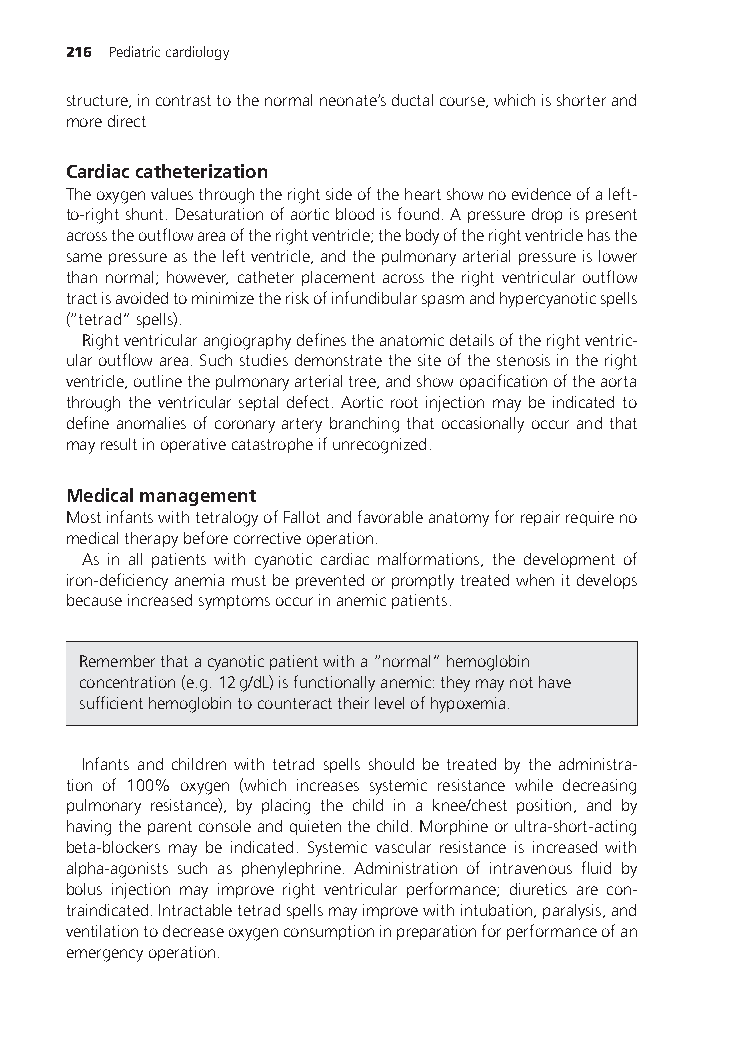
216 Pediatriccardiology
 structure,incontrasttothenormalneonate’sductalcourse,whichisshorterand
 moredirect
 Cardiaccatheterization
 Theoxygenvaluesthroughtherightsideoftheheartshownoevidenceofaleft-
 to-rightshunt.Desaturationofaorticbloodisfound.Apressuredropispresent
 acrosstheoutflowareaoftherightventricle;thebodyoftherightventriclehasthe
 samepressureastheleftventricle,andthepulmonaryarterialpressureislower
 than normal; however, catheter placement across the right ventricular outflow
 tractisavoidedtominimizetheriskofinfundibularspasmandhypercyanoticspells
 (“tetrad”spells).
 Rightventricularangiographydefinestheanatomicdetailsoftherightventric-
 ularoutflowarea.Suchstudiesdemonstratethesiteofthestenosisintheright
 ventricle,outlinethepulmonaryarterialtree,andshowopacificationoftheaorta
 through the ventricular septal defect. Aortic root injection may be indicated to
 defineanomaliesofcoronaryarterybranchingthatoccasionallyoccurandthat
 mayresultinoperativecatastropheifunrecognized.
 Medicalmanagement
 MostinfantswithtetralogyofFallotandfavorableanatomyforrepairrequireno
 medicaltherapybeforecorrectiveoperation.
 As in all patients with cyanotic cardiac malformations, the development of
 iron-deficiencyanemiamustbepreventedorpromptlytreatedwhenitdevelops
 becauseincreasedsymptomsoccurinanemicpatients.
 Rememberthatacyanoticpatientwitha“normal”hemoglobin
 concentration(e.g.12g/dL)isfunctionallyanemic:theymaynothave
 sufficienthemoglobintocounteracttheirlevelofhypoxemia.
 Infants and children with tetrad spells should be treated by the administra-
 tion of 100% oxygen (which increases systemic resistance while decreasing
 pulmonary resistance), by placing the child in a knee/chest position, and by
 havingtheparentconsoleandquietenthechild.Morphineorultra-short-acting
 beta-blockers may be indicated. Systemic vascular resistance is increased with
 alpha-agonists such as phenylephrine. Administration of intravenous fluid by
 bolus injection may improve right ventricular performance; diuretics are con-
 traindicated.Intractabletetradspellsmayimprovewithintubation,paralysis,and
 ventilationtodecreaseoxygenconsumptioninpreparationforperformanceofan
 emergencyoperation.